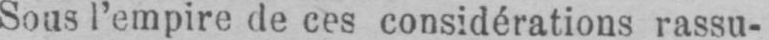
Sous l’empire de ces considérations rassu-